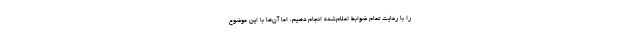
را با رعایت تمام ضوابط اعلام‌شده انجام دهیم، اما آن‌ها با این موضوع